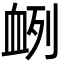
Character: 𮕠